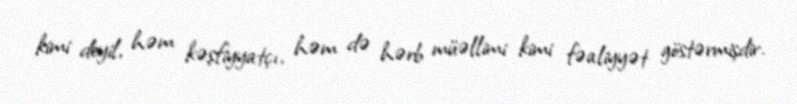
kimi deyil, həm kəşfiyyatçı, həm də hərb müəllimi kimi fəaliyyət göstərmişdir.